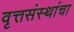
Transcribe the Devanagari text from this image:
वृत्तसंस्थांचा